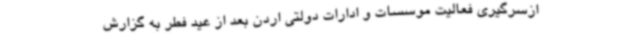
ازسرگیری فعالیت موسسات و ادارات دولتی اردن بعد از عید فطر به گزارش